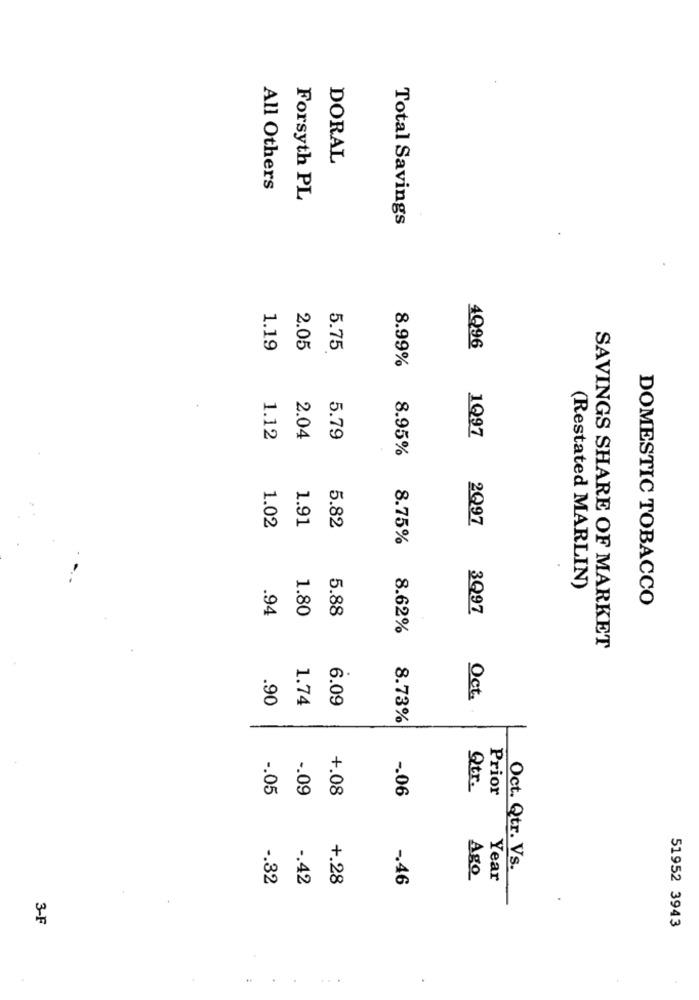
DORAL
All Others
Forsyth PL
Total Savings
1.19
2.05
5.75
4Q96
8.99%
1.12
2.04
5.79
1Q97
8.95%
1.02
2Q97
1.91
5.82
8.75%
(Restated MARLIN)
DOMESTIC TOBACCO
.94
1.80
5.88
3Q97
8.62%
SAVINGS SHARE OF MARKET
.90
1.74
6.09
Oct.
8.73%
-. 05
-. 09
+.08
Qtr.
Prior
-. 06
Oct. Qtr. Vs.
-. 32
-. 42
+.28
-. 46
Ago
Year
3-F
51952 3943
...